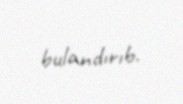
bulandırıb.